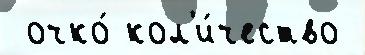
 очко́ кол'и́чество